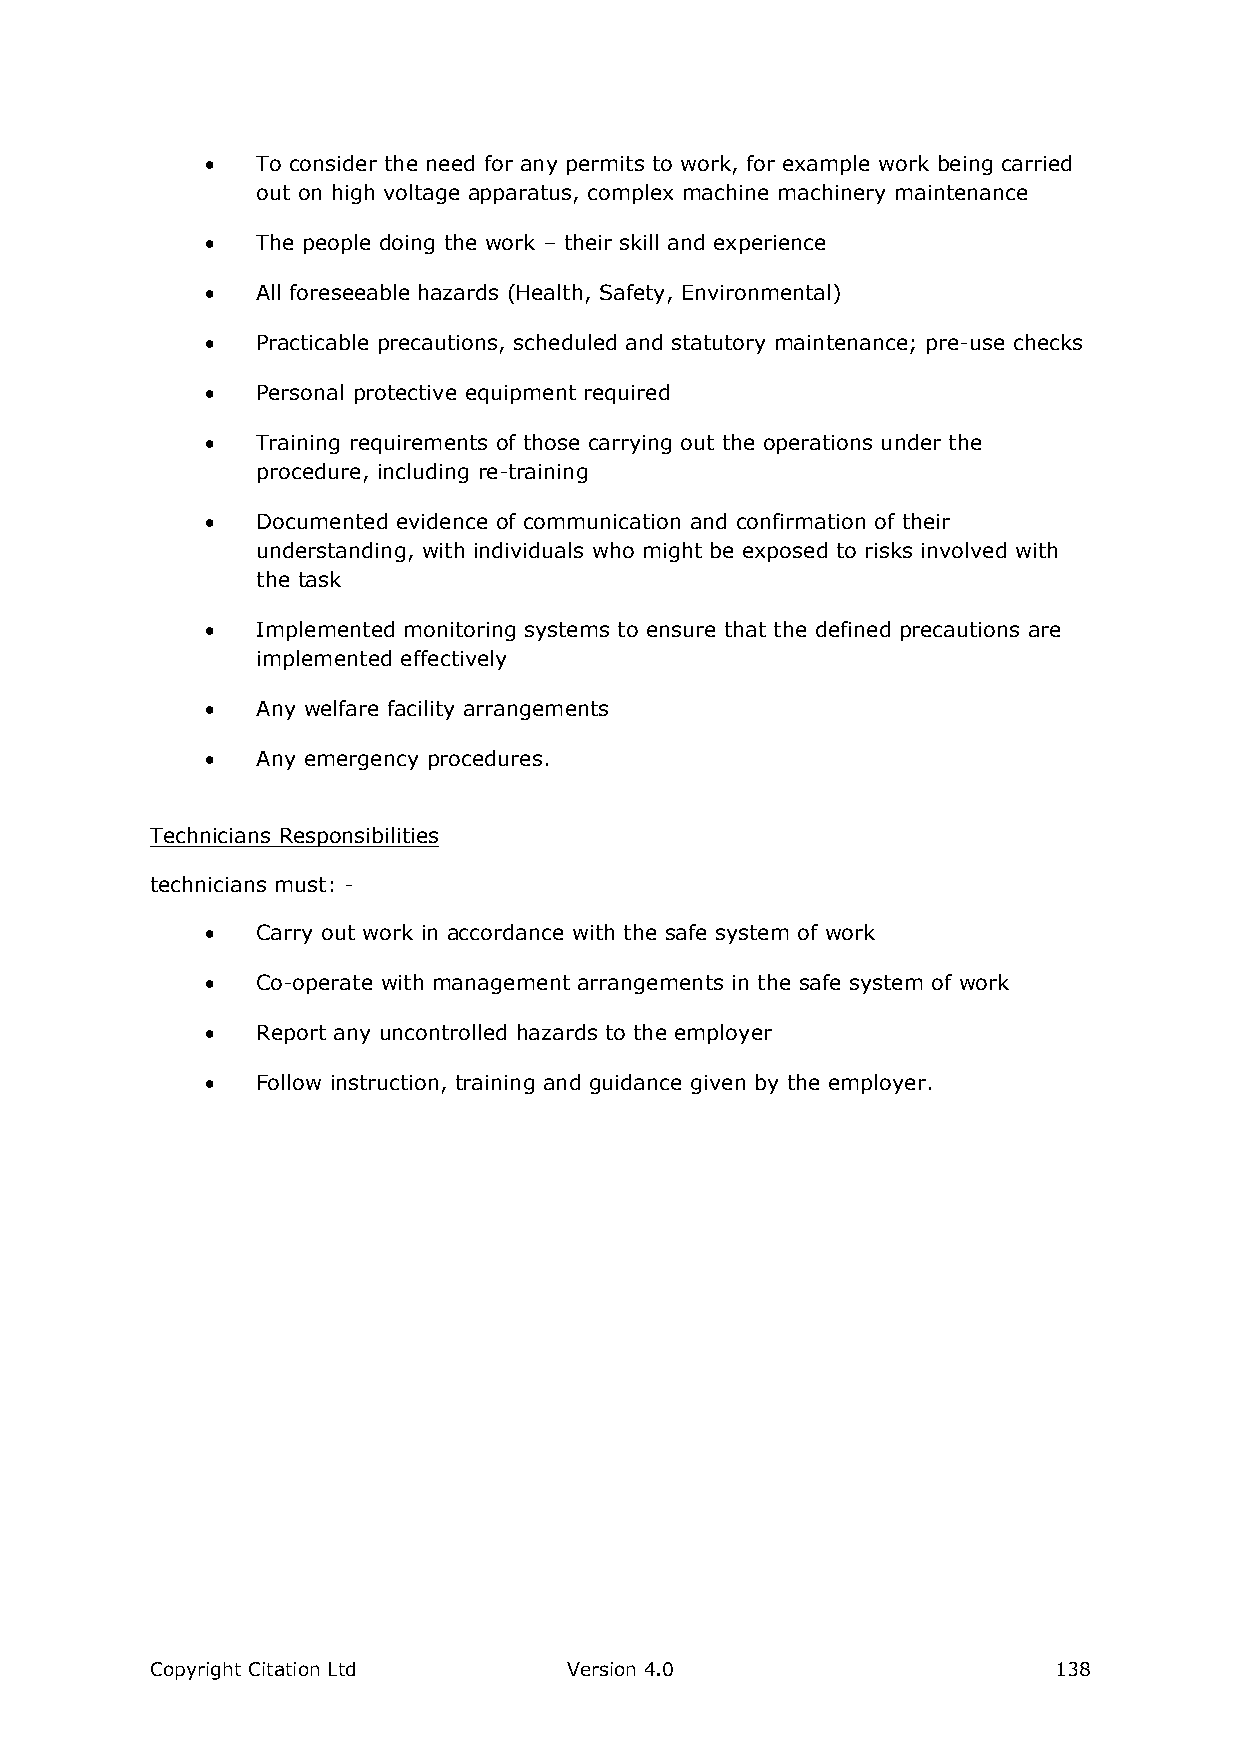
  To consider the need for any permits to work, for example work being carried
 out on high voltage apparatus, complex machine machinery maintenance
   The people doing the work – their skill and experience
   All foreseeable hazards (Health, Safety, Environmental)
   Practicable precautions, scheduled and statutory maintenance; pre-use checks
   Personal protective equipment required
   Training requirements of those carrying out the operations under the
 procedure, including re-training
   Documented evidence of communication and confirmation of their
 understanding, with individuals who might be exposed to risks involved with
 the task
   Implemented monitoring systems to ensure that the defined precautions are
 implemented effectively
   Any welfare facility arrangements
   Any emergency procedures.
 Technicians Responsibilities
 technicians must: -
   Carry out work in accordance with the safe system of work
   Co-operate with management arrangements in the safe system of work
   Report any uncontrolled hazards to the employer
   Follow instruction, training and guidance given by the employer.
 Copyright Citation Ltd      Version 4.0                     138